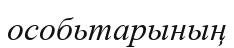
особьтарының